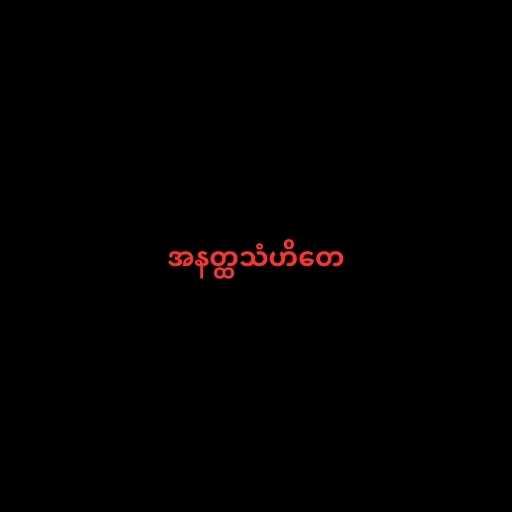
အနတ္ထသံဟိတေ